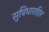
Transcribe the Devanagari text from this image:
सुविधाराहित